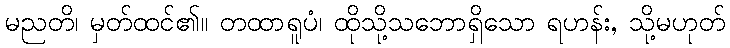
မညတိ၊ မှတ်ထင်၏။ တထာရူပံ၊ ထိုသို့သဘောရှိသော ရဟန်း, သို့မဟုတ်